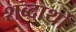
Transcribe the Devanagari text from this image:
शब्दार्थो